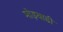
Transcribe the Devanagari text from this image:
मोड़वाडी